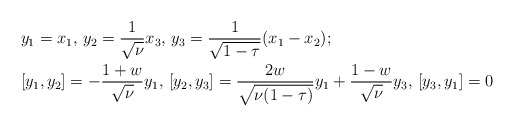
\begin{align*}&y_1=x_1, \, y_2=\frac{1}{\sqrt{\nu}}x_3, \, y_3=\frac{1}{\sqrt{1-\tau}}(x_1-x_2);\\&[y_1,y_2]=-\frac{1+w}{\sqrt{\nu}}y_1, \,[y_2,y_3]=\frac{2w}{\sqrt{\nu(1-\tau)}}y_1 + \frac{1-w}{\sqrt{\nu}}y_3, \,[y_3,y_1]=0 \end{align*}